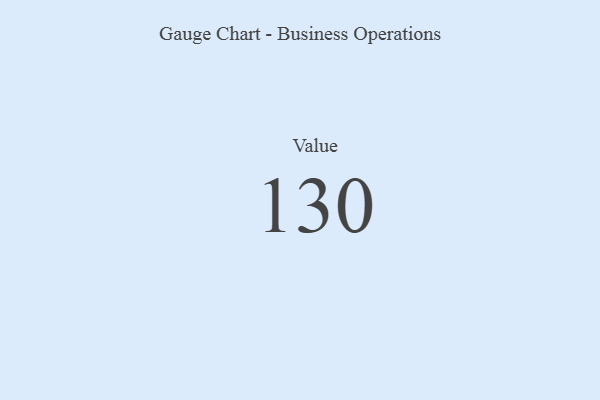
{"axis": {"x": "Metric", "y": "Value"}, "legend": [""], "data": [{"x": "Value", "y": 130, "type": ""}]}